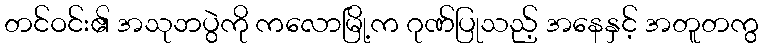
တင်ဝင်း၏ အသုဘပွဲကို ကလောမြို့က ဂုဏ်ပြုသည့် အနေနှင့် အတူတကွ